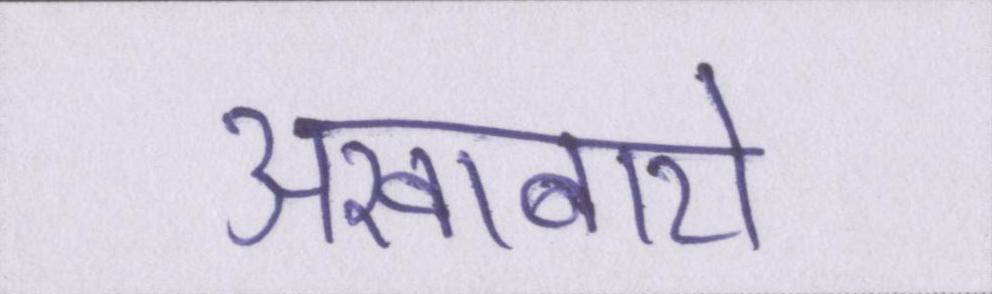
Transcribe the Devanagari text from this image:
अखाबारो